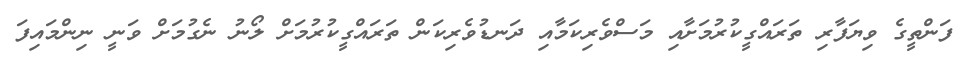
ފަންތީގެ ވިޔަފާރި ތަރައްގީކުރުމަށާއި މަސްވެރިކަމާއި ދަނޑުވެރިކަން ތަރައްގީކުރުމަށް ލޯނު ނެގުމަށް ވަނީ ނިންމައިފަ